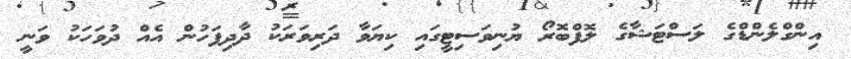
އިންގްލެންޑްގެ ލަސްޓަޝާގެ ލޮފްބޮރޯ ޔުނިވަސިޓީގައި ކިޔަވާ ދަރިވަރަކު ދާދިފަހުން އެއް ދުވަހަކު ވަނީ